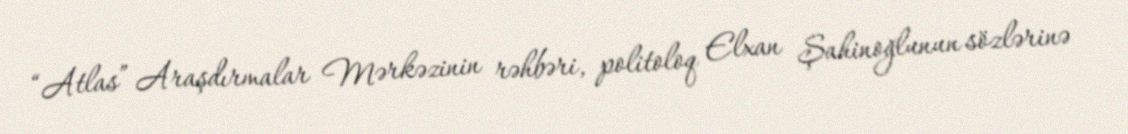
“Atlas” Araşdırmalar Mərkəzinin rəhbəri, politoloq Elxan Şahinoğlunun sözlərinə